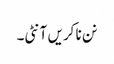
نن نا کریں آنٹی۔